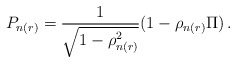
\begin{align*}P_{n(r)}=\frac{1}{\sqrt{1-\rho_{n(r)}^2}}(1-\rho_{n(r)}\Pi)\,.\end{align*}